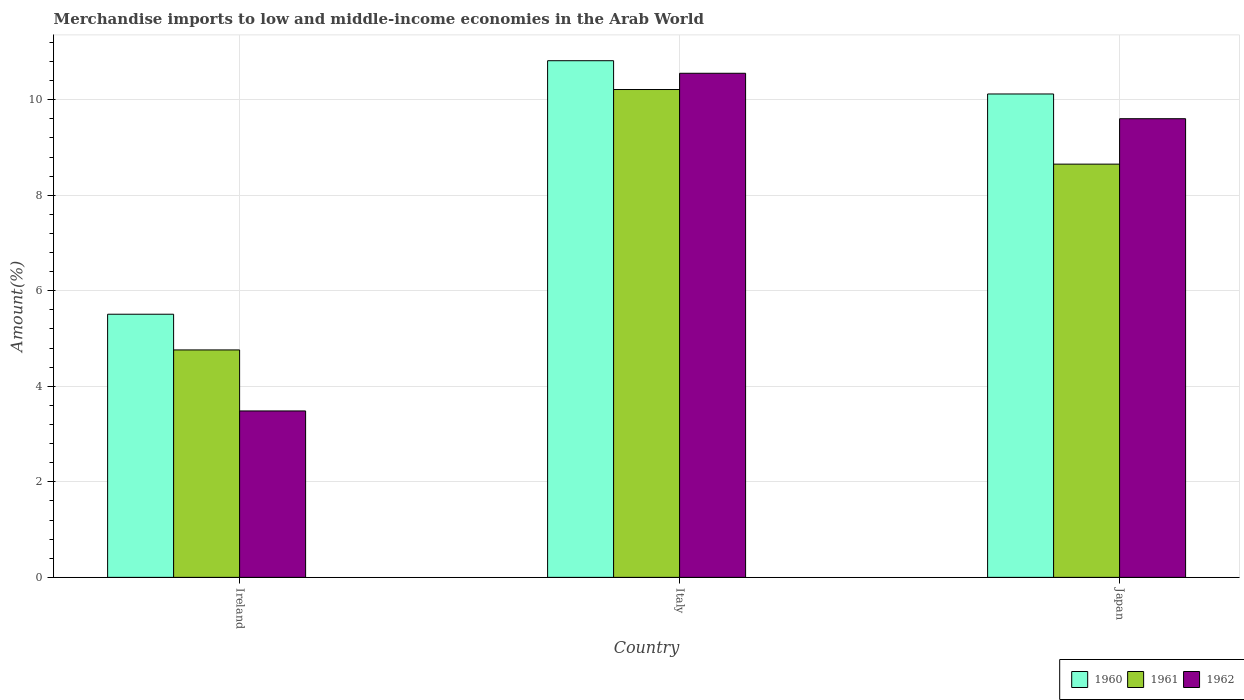
| Country | 1960 | 1961 | 1962 |
 | --- | --- | --- | --- |
 | Ireland | 5.51 | 4.76 | 3.48 |
 | Italy | 10.8 | 10.2 | 10.6 |
 | Japan | 10.1 | 8.65 | 9.6 |